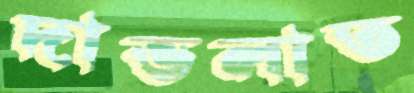
দাভলাত